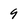
Character: 9